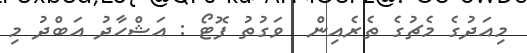
މިއަދުގެ މެޗުގެ ތެރެއިން  ވަގުތު ފޮޓޯ : އަޝްހާދު އަބްދު މި